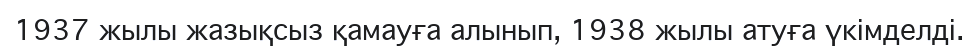
1937 жылы жазықсыз қамауға алынып, 1938 жылы атуға үкімделді.